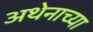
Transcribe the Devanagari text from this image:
अथेनाच्या